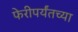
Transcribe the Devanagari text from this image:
फेरीपर्यंतच्या